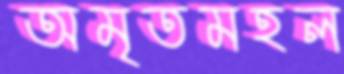
অমৃতমহল